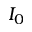
I _ { 0 }